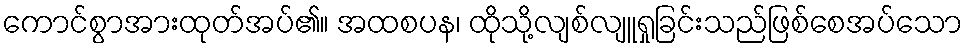
ကောင်စွာအားထုတ်အပ်၏။ အထစပန၊ ထိုသို့လျစ်လျူရှုခြင်းသည်ဖြစ်စေအပ်သော